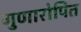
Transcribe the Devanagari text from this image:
गुणारोपित